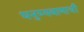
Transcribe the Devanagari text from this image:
धनुष्यबाणाची